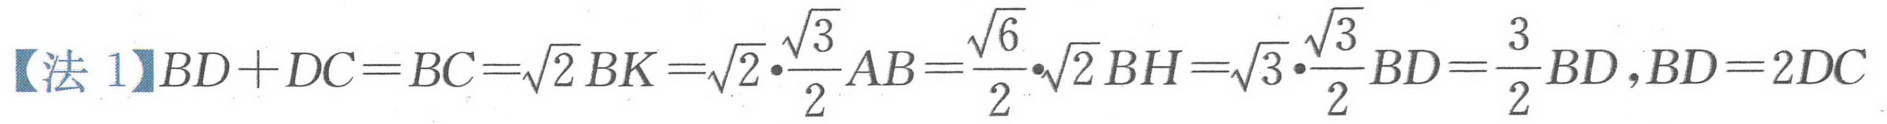
【法 1】$BD + DC=BC=\sqrt{2}BK=\sqrt{2}\cdot\frac{\sqrt{3}}{2}AB=\frac{\sqrt{6}}{2}\cdot\sqrt{2}BH=\sqrt{3}\cdot\frac{\sqrt{3}}{2}BD=\frac{3}{2}BD,BD = 2DC$